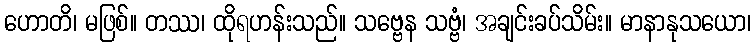
ဟောတိ၊ မဖြစ်။ တဿ၊ ထိုရဟန်းသည်။ သဗ္ဗေန သဗ္ဗံ၊ အချင်းခပ်သိမ်း။ မာနာနုသယော၊